Report of an investigation of the epidemic of malarial fever in Assam, or, kala-azar
Disease focus: Malaria
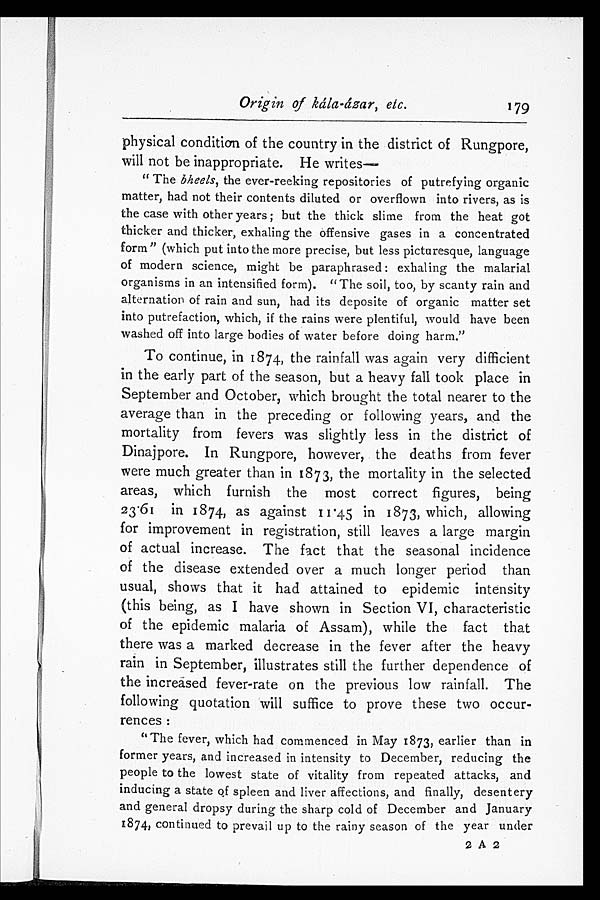
Origin of kála-ázar, etc.
179
physical condition of the country in the district of Rungpore,
will not be inappropriate. He writes
—
"The bheels, the ever-reeking repositories of putrefying organic
matter, had not their contents diluted or overflown into rivers, as is
the case with other years; but the thick slime from the heat got
thicker and thicker, exhaling the offensive gases in a concentrated
form" (which put into the more precise, but less picturesque, language
of modern science, might be paraphrased: exhaling the malarial
organisms in an intensified form). "The soil, too, by scanty rain and
alternation of rain and sun, had its deposite of organic matter set
into putrefaction, which, if the rains were plentiful, would have been
washed off into large bodies of water before doing harm."
To continue, in 1874, the rainfall was again very difficient
in the early part of the season, but a heavy fall took place in
September and October, which brought the total nearer to the
average than in the preceding or following years, and the
mortality from fevers was slightly less in the district of
Dinajpore. In Rungpore, however, the deaths from fever
were much greater than in 1873, the mortality in the selected
areas, which furnish the most correct figures, being
23·61 in 1874, as against 11·45 in 1873, which, allowing
for improvement in registration, still leaves a large margin
of actual increase. The fact that the seasonal incidence
of the disease extended over a much longer period than
usual, shows that it had attained to epidemic intensity
(this being, as I have shown in Section VI, characteristic
of the epidemic malaria of Assam), while the fact that
there was a marked decrease in the fever after the heavy
rain in September, illustrates still the further dependence of
the increased fever-rate on the previous low rainfall. The
following quotation will suffice to prove these two occur
-rences:
"The fever, which had commenced in May 1873, earlier than in
former years, and increased in intensity to December, reducing the
people to the lowest state of vitality from repeated attacks, and
inducing a state of spleen and liver affections, and finally, desentery
and general dropsy during the sharp cold of December and January
1874, continued to prevail up to the rainy season of the year under
2 A 2